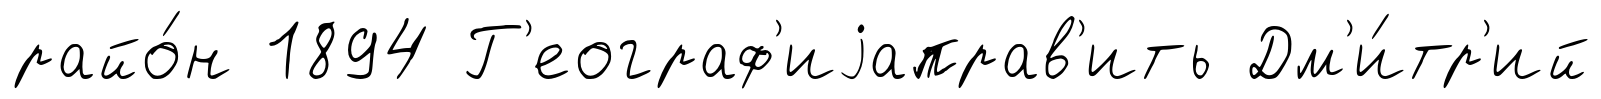
райо́н 1894 Г'еограф'иjаправ'ить Дм'и́тр'ий